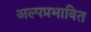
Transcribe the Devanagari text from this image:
अल्पप्रभावित